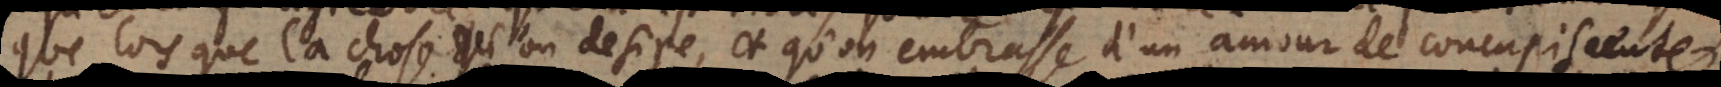
que lorsque la chose qu’on desire, et qu’on embrasse d’un amour de concupiscence,